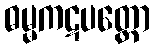
ဓမ္မကဋပတ္တော